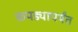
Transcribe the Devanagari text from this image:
कपड्यापर्यंत